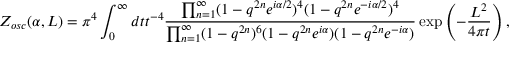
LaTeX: Z _ { o s c } ( \alpha , L ) = \pi ^ { 4 } \int _ { 0 } ^ { \infty } d t t ^ { - 4 } \frac { \prod _ { n = 1 } ^ { \infty } ( 1 - q ^ { 2 n } e ^ { i \alpha / 2 } ) ^ { 4 } ( 1 - q ^ { 2 n } e ^ { - i \alpha / 2 } ) ^ { 4 } } { \prod _ { n = 1 } ^ { \infty } ( 1 - q ^ { 2 n } ) ^ { 6 } ( 1 - q ^ { 2 n } e ^ { i \alpha } ) ( 1 - q ^ { 2 n } e ^ { - i \alpha } ) } \exp \left( - { \frac { L ^ { 2 } } { 4 \pi t } } \right) ,